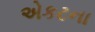
એકટના